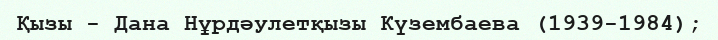
Қызы - Дана Нұрдәулетқызы Күзембаева (1939-1984);